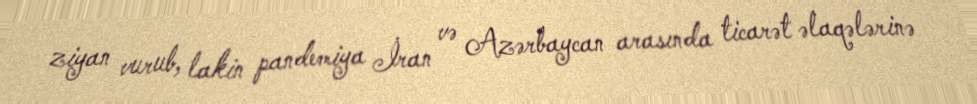
ziyan vurub, lakin pandemiya İran və Azərbaycan arasında ticarət əlaqələrinə